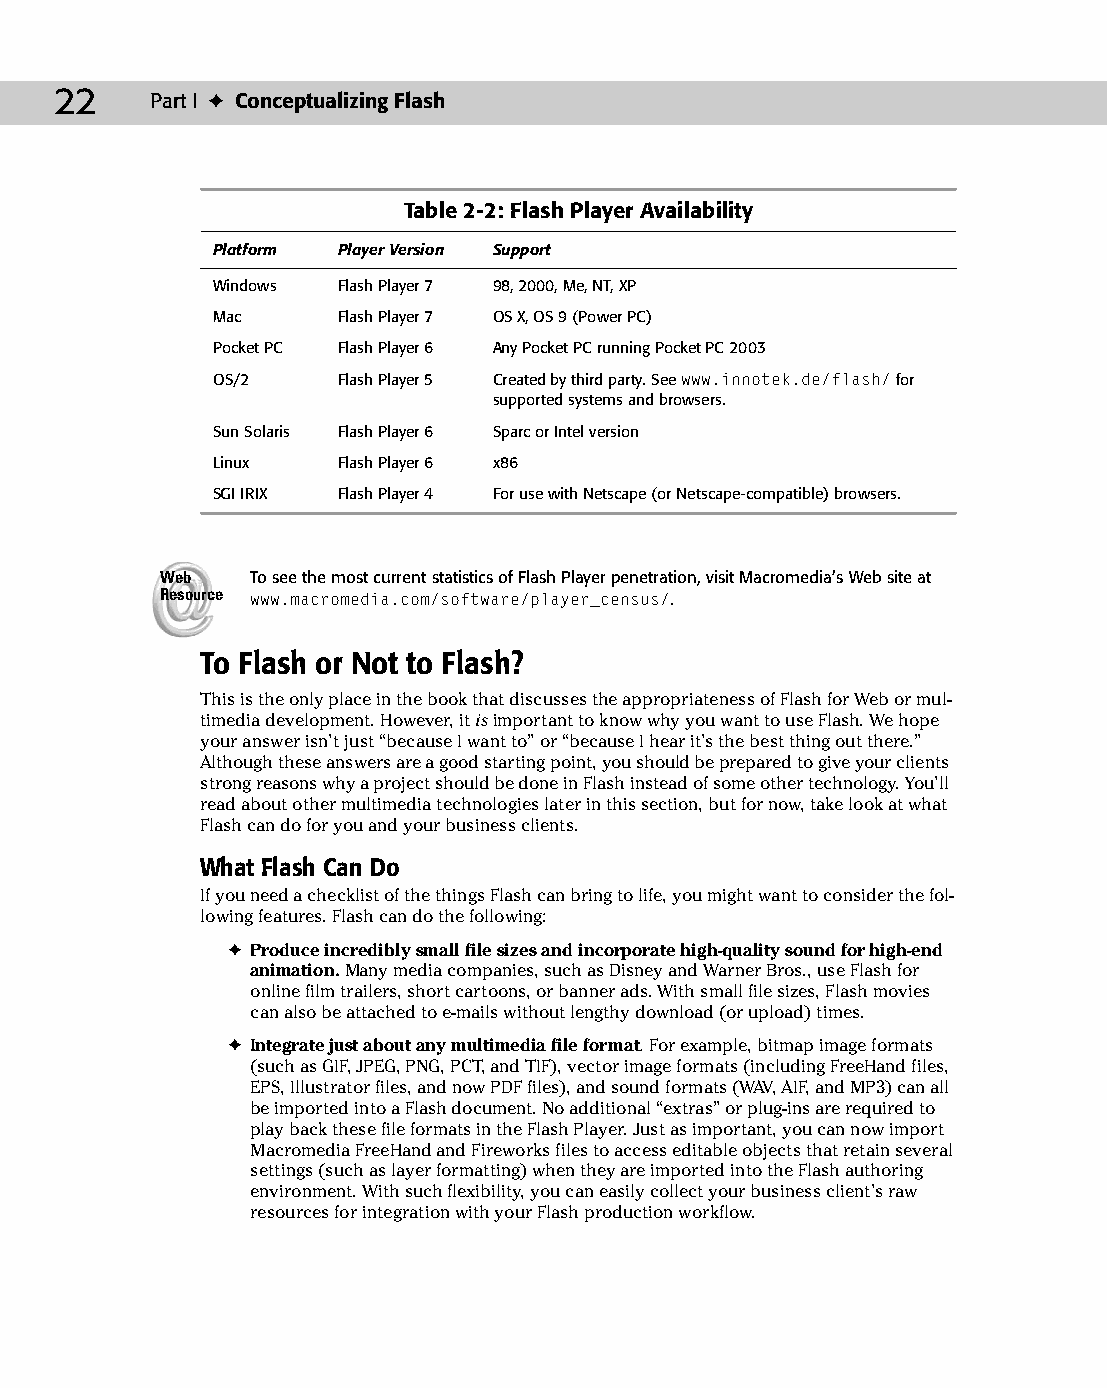
04 543547 ch02.qxd 3/24/04 3:51 PM Page 22
 22    Part I ✦ Conceptualizing Flash
 Table 2-2: Flash Player Availability
 Platform Player Version Support
 Windows Flash Player 7 98, 2000, Me, NT, XP
 Mac     Flash Player 7 OS X, OS 9 (Power PC)
 Pocket PC Flash Player 6 Any Pocket PC running Pocket PC 2003
 OS/2    Flash Player 5 Created by third party. See www.innotek.de/flash/ for
 supported systems and browsers.
 Sun Solaris Flash Player 6 Sparc or Intel version
 Linux   Flash Player 6 x86
 SGI IRIX Flash Player 4 For use with Netscape (or Netscape-compatible) browsers.
 Web   To see the most current statistics of Flash Player penetration, visit Macromedia’s Web site at
 Resource www.macromedia.com/software/player_census/.
 To Flash or Not to Flash?
 This is the only place in the book that discusses the appropriateness of Flash for Web or mul­
 timedia development. However, it is important to know why you want to use Flash. We hope
 your answer isn’t just “because I want to” or “because I hear it’s the best thing out there.”
 Although these answers are a good starting point, you should be prepared to give your clients
 strong reasons why a project should be done in Flash instead of some other technology. You’ll
 read about other multimedia technologies later in this section, but for now, take look at what
 Flash can do for you and your business clients.
 What Flash Can Do
 If you need a checklist of the things Flash can bring to life, you might want to consider the fol­
 lowing features. Flash can do the following:
 ✦ Produce incredibly small file sizes and incorporate high-quality sound for high-end
 animation. Many media companies, such as Disney and Warner Bros., use Flash for
 online film trailers, short cartoons, or banner ads. With small file sizes, Flash movies
 can also be attached to e-mails without lengthy download (or upload) times.
 ✦ Integrate just about any multimedia file format. For example, bitmap image formats
 (such as GIF, JPEG, PNG, PCT, and TIF), vector image formats (including FreeHand files,
 EPS, Illustrator files, and now PDF files), and sound formats (WAV, AIF, and MP3) can all
 be imported into a Flash document. No additional “extras” or plug-ins are required to
 play back these file formats in the Flash Player. Just as important, you can now import
 Macromedia FreeHand and Fireworks files to access editable objects that retain several
 settings (such as layer formatting) when they are imported into the Flash authoring
 environment. With such flexibility, you can easily collect your business client’s raw
 resources for integration with your Flash production workflow.